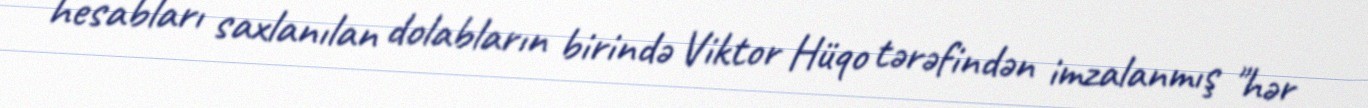
hesabları saxlanılan dolabların birində Viktor Hüqo tərəfindən imzalanmış "hər